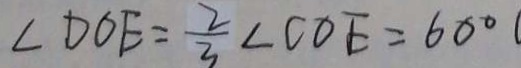
\angle D O E = \frac { 2 } { 3 } \angle C O E = 6 0 ^ { \circ }